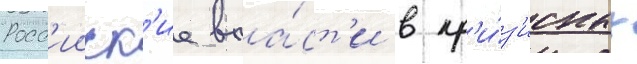
Росс'ииск'ие вла́ст'и в кр'и́з'исных